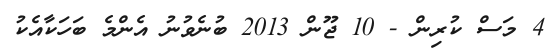
4 މަސް ކުރިން - 10 ޖޫން 2013 ބުނެވުނު އެންމެ ބަހަކާއެކު